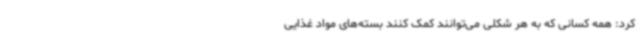
کرد: همه کسانی که به هر شکلی می‌توانند کمک کنند بسته‌های مواد غذایی